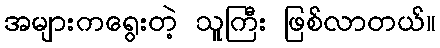
အများကရွေးတဲ့ သူကြီး ဖြစ်လာတယ်။